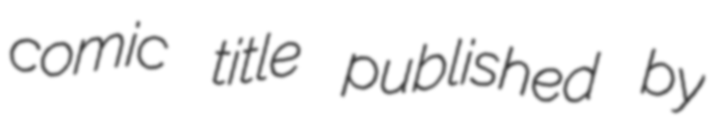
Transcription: comic title published by